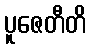
ပူဇေတီတိ